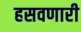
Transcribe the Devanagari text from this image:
हसवणारी